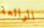
الرائعة